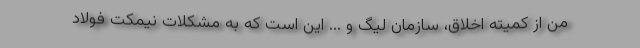
من از کمیته اخلاق، سازمان لیگ و ... این است که به مشکلات نیمکت فولاد